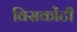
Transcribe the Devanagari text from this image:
विसकोंटी